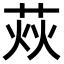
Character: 𦲌